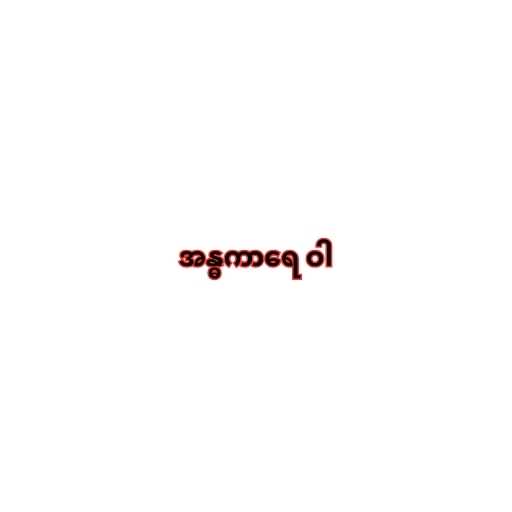
အန္ဓကာရေ ဝါ